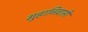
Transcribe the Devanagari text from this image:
गुहानिवासी